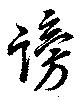
謗